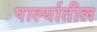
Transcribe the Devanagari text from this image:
पार्ल्यातील